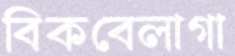
বিকবেলাগা